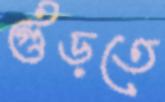
গুঁড়তে